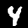
Digit: 4